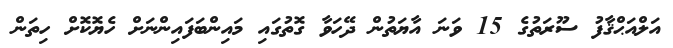
އަލްއަޙްޤާފު ސޫރަތުގެ 15 ވަނަ އާޔަތުން ދޭހަވާ ގޮތުގައި މައިންބަފައިންނަށް ހެޔޮކޮށް ހިތަން